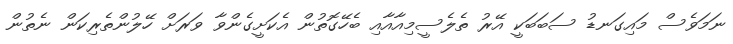
ނަމަވެސް މައިގަނޑު ސަބަބަކީ އޭރު ތެލެސީމިއާއާއި ބެހޭގޮތުން އެކަށީގެންވާ ވަރަށް ހޭލުންތެރިކަން ނެތުން